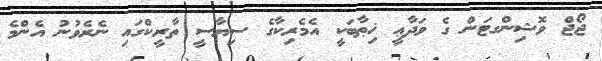
ޖޯޖް ވޮޝިންގޓަން ގެ ވަދާޢީ ޚިޠާބަކީ އެމެރިކާގެ ސިޔާސީ ތާރީކްގައި ނެރެވުނު އެންމެ